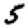
Digit: 5